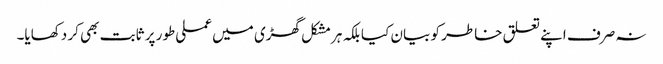
نہ صرف اپنے تعلق خاطر کو بیان کیا بلکہ ہرمشکل گھڑی میں عملی طور پر ثابت بھی کر دکھایا۔